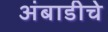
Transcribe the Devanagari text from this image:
अंबाडीचे